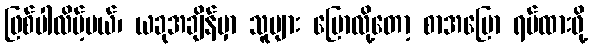
ဖြစ်ပါလိမ့်မယ်၊ ယခုအချိန်မှာ သူများ ပြောလို့တော့ စာအပြော ရပ်ထားဖို့